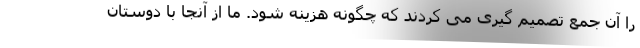
را آن جمع تصمیم گیری می کردند که چگونه هزینه شود. ما از آنجا با دوستان